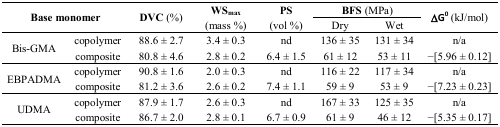
| <ROWSPAN=3-COLSPAN=2> Base monomer | <ROWSPAN=3> DVC (%) | <ROWSPAN=3> WSmax(mass %) | <ROWSPAN=3> PS(vol %) | <COLSPAN=2> BFS (MPa) | <ROWSPAN=3> ΔG0 (kJ/mol) |
 | Dry | Wet |
 | --- | --- | --- | --- | --- | --- | --- | --- |
 | <ROWSPAN=2> Bis-GMA | copolymer | 88.6 ± 2.7 | 3.4 ± 0.3 | nd | 136 ± 35 | 131 ± 34 | n/a |
 | composite | 80.8 ± 4.6 | 2.8 ± 0.2 | 6.4 ± 1.5 | 61 ± 12 | 53 ± 11 | −[5.96 ± 0.12] |
 | <ROWSPAN=2> EBPADMA | copolymer | 90.8 ± 1.6 | 2.0 ± 0.3 | nd | 116 ± 22 | 117 ± 34 | n/a |
 | composite | 81.2 ± 3.6 | 2.6 ± 0.2 | 7.4 ± 1.1 | 59 ± 9 | 53 ± 9 | −[7.23 ± 0.23] |
 | <ROWSPAN=2> UDMA | copolymer | 87.9 ± 1.7 | 2.6 ± 0.3 | nd | 167 ± 33 | 125 ± 35 | n/a |
 | composite | 86.7 ± 2.0 | 2.8 ± 0.1 | 6.7 ± 0.9 | 61 ± 9 | 46 ± 12 | −[5.35 ± 0.17] |